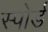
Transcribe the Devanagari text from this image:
स्पोर्ड